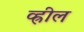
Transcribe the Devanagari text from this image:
व्ह्रील